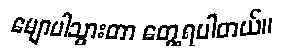
မျောပါသွားတာ တွေ့ရပါတယ်။